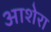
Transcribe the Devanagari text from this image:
आशेरा